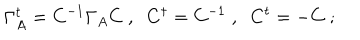
LaTeX: \Gamma _ { A } ^ { t } = C ^ { - 1 } \Gamma _ { A } C \; , \; \; C ^ { \dagger } = C ^ { - 1 } \; , \; \; C ^ { t } = - C \; ;